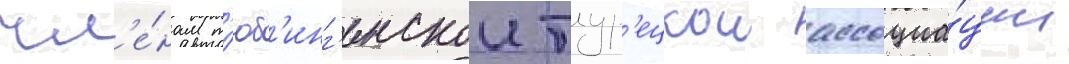
чл'е́нам т'юб'инг'енскои тур'ецкои ассоциа́ции